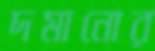
দমানোর